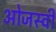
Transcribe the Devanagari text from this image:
ओजस्‍वी